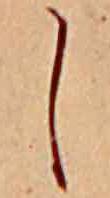
し